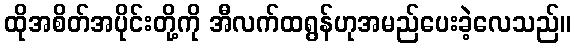
ထိုအစိတ်အပိုင်းတို့ကို အီလက်ထရွန်ဟုအမည်ပေးခဲ့လေသည်။